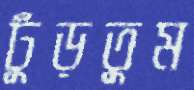
ঢুঁড়তুম